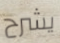
يشرح